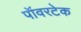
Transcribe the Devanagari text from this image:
पॉवरटेक